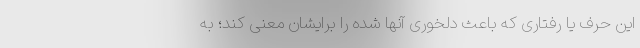
این حرف یا رفتاری که باعث دلخوری آنها شده را برایشان معنی کند؛ به